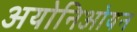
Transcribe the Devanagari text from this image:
अयोनिओयन